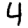
Digit: 4